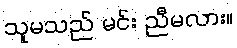
သူမသည် မင်း ညီမလား။